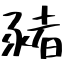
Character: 豬